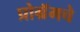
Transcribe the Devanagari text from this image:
प्रोग्रॅमचे